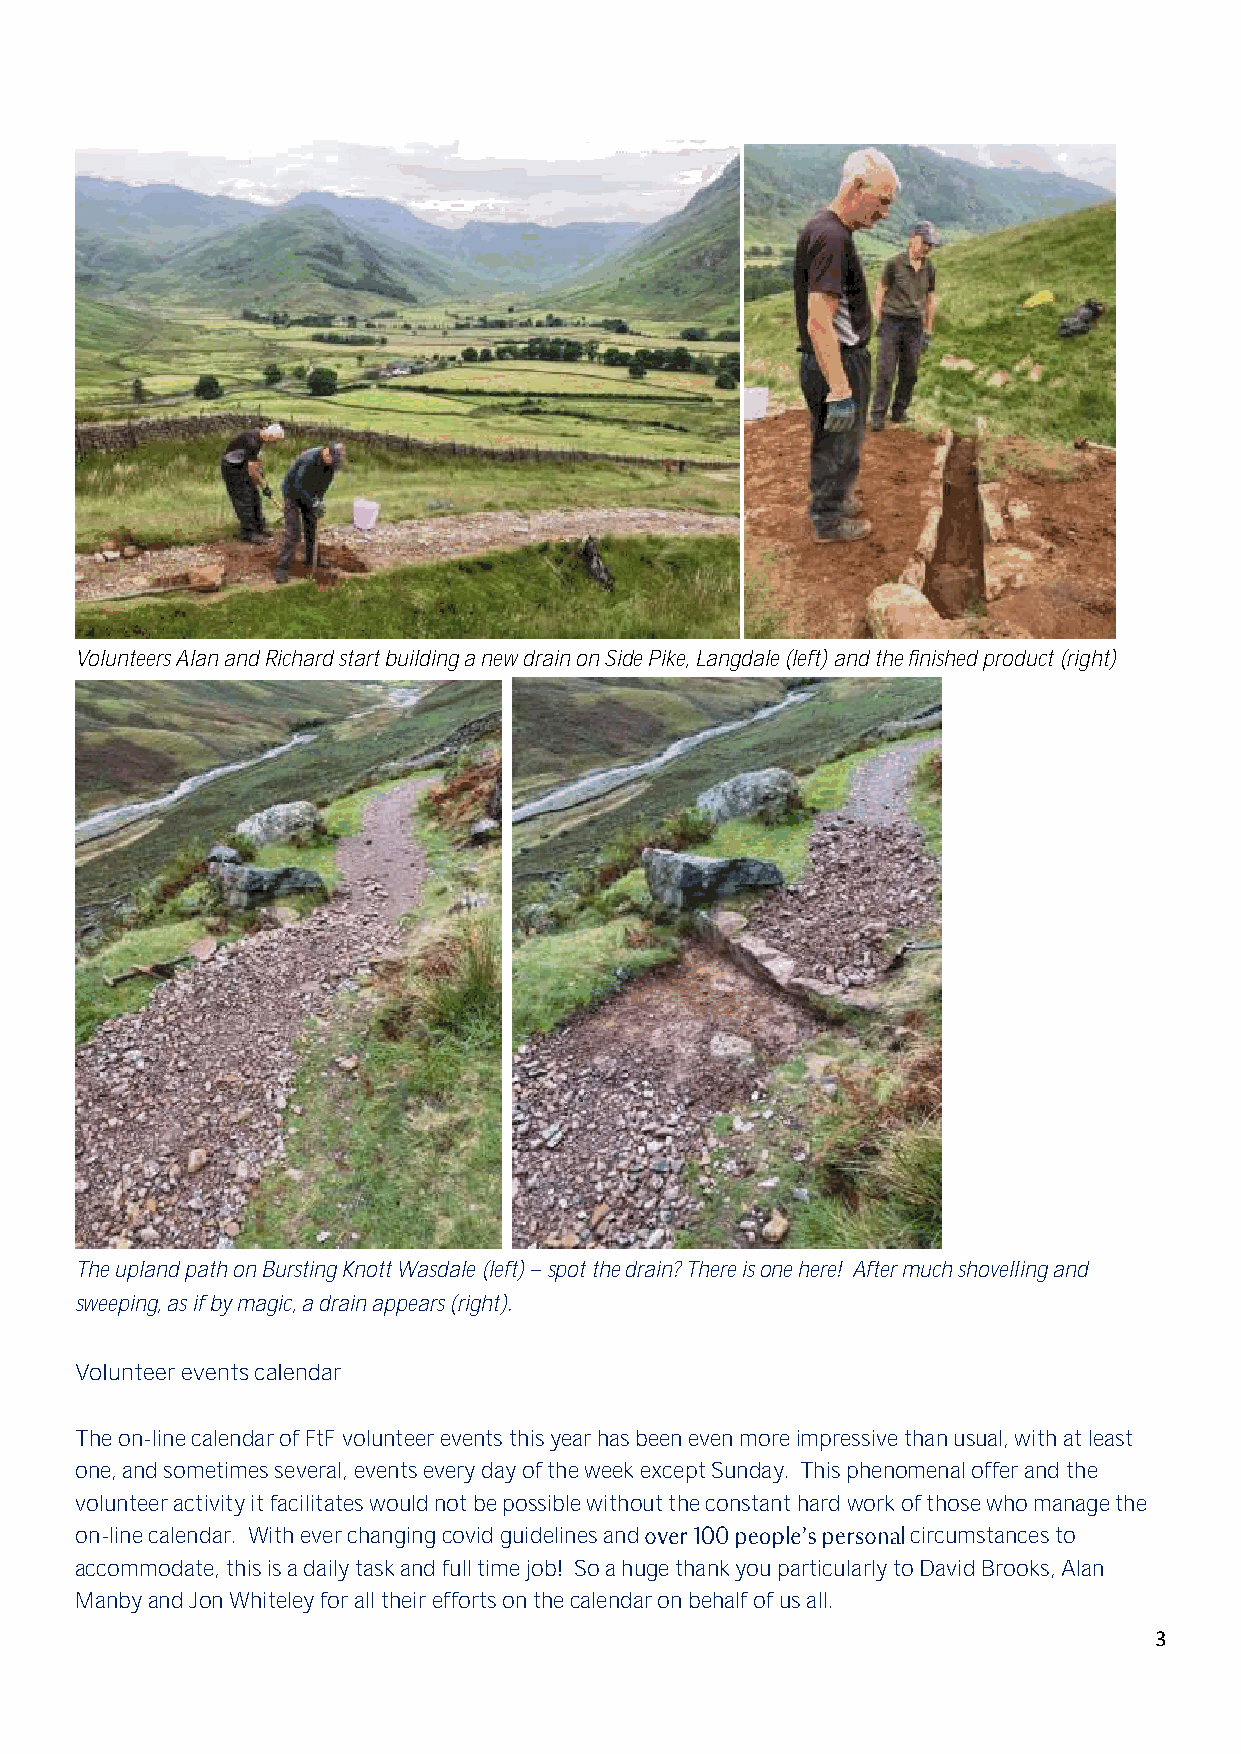
Volunteers Alan and Richard start building a new drain on Side Pike, Langdale (left) and the finished product (right)
 The upland path on Bursting Knott Wasdale (left) spot the drain? There is one here! After much shovelling and
 sweeping, as if by magic, a drain appears (right).
 Volunteer events calendar
 The on-line calendar of FtF volunteer events this year has been even more impressive than usual, with at least
 one, and sometimes several, events every day of the week except Sunday. This phenomenal offer and the
 volunteer activity it facilitates would not be possible without the constant hard work of those who manage the
 on-line calendar. With ever changing covid guidelines and circumstances to
 accommodate, this is a daily task and full time job! So a huge thank you particularly to David Brooks, Alan
 Manby and Jon Whiteley for all their efforts on the calendar on behalf of us all.
 3